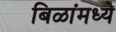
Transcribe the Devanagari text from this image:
बिळांमध्ये